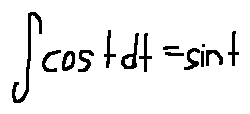
\int \cos t d t = \sin t